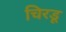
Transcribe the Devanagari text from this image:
चिरडू